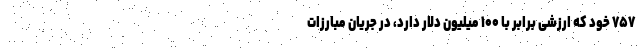
۷۵۷ خود که ارزشی برابر با ۱۰۰ میلیون دلار دارد، در جریان مبارزات